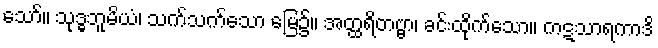
သော်။ သုဒ္ဓဘူမိယံ၊ သက်သက်သော မြေ၌။ အတ္ထရိတဗ္ဗာ၊ ခင်းထိုက်သော။ ကဋသာရကာဒိ